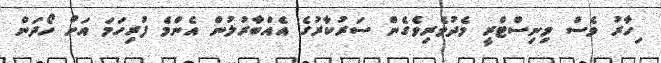
ިހާރު ވެސް މިނިސްޓްރީ މެދުވެރިވެގެން ސަރުކާރުގެ އެއްބާރުލުން އެންމެ ފުރިހަމަ އަށް ހޯދަން